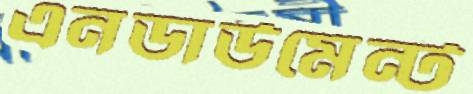
এনডাউমেন্ট